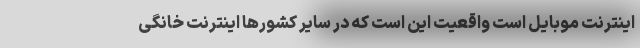
اینترنت موبایل است واقعیت این است که در سایر کشورها اینترنت خانگی